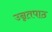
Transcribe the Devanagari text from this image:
उन्नतपाठ